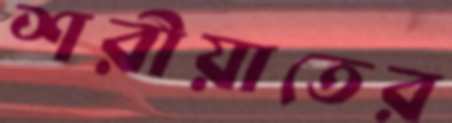
শরীয়াতের